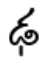
ఢ